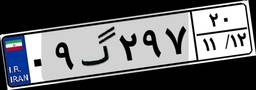
۰۹گ۲۹۷۲۰